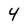
Character: 4